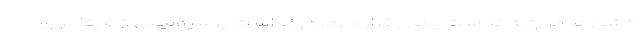
کشورها در رتبه نخست جهان قرار دارد. درخواست پرسپولیس از فیفا برای